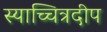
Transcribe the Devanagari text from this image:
स्याच्चित्रदीप